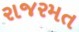
રાજરમત